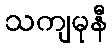
သကျမုနီ